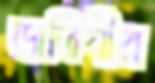
জতিষীর